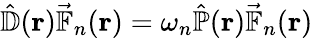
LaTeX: \hat{\mathbb{D}}(\mathbf{r})\vec{\mathbb{F}}_{n}(\mathbf{r})=\omega_{n}\hat{\mathbb{P}}(\mathbf{r})\vec{\mathbb{F}}_{n}(\mathbf{r})